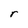
Character: r